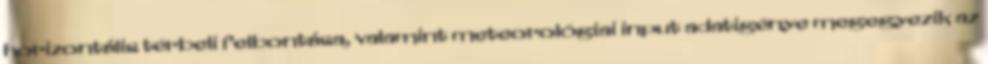
horizontális térbeli felbontása, valamint meteorológiai input adatigénye megegyezik az